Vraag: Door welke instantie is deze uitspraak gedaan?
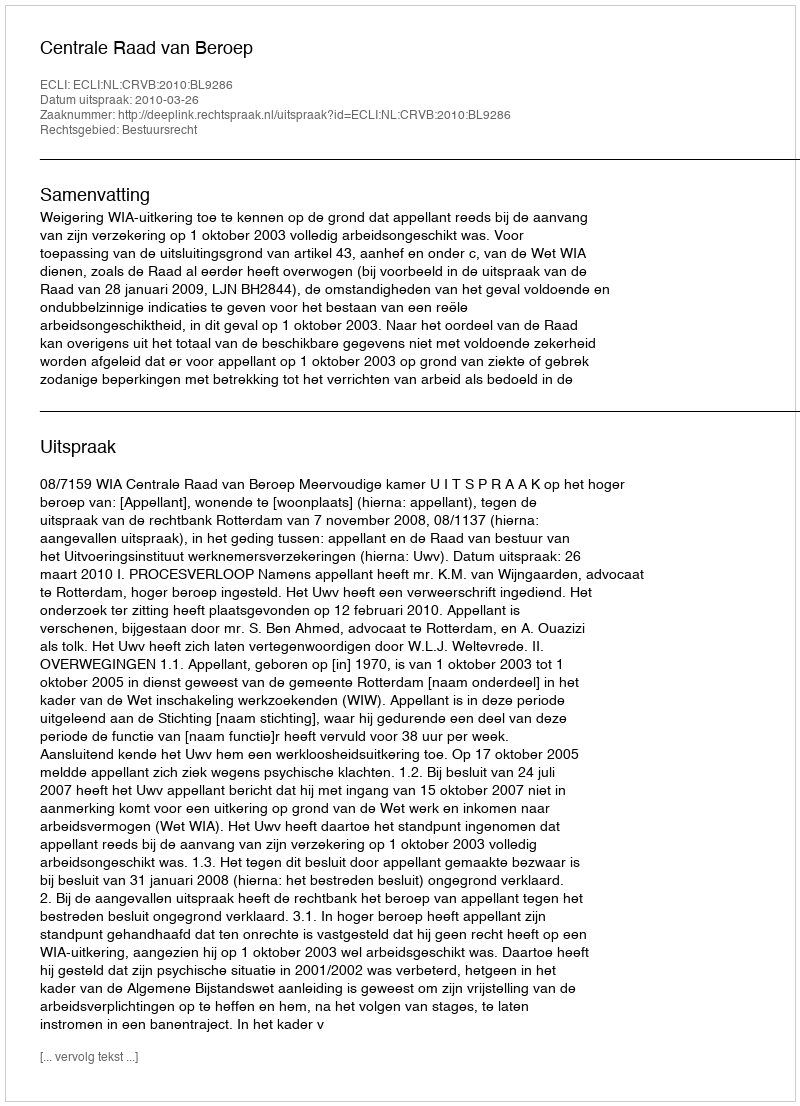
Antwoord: Centrale Raad van Beroep